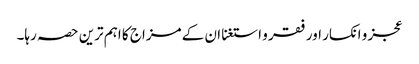
عجز و انکسار اور فقر و استغنا ان کے مزاج کا اہم ترین حصہ رہا۔